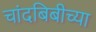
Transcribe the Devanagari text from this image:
चांदबिबीच्या